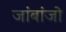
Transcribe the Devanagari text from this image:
जांबांजो